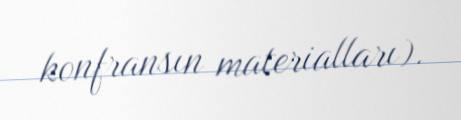
konfransın materialları).